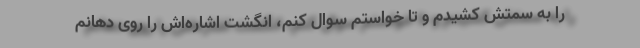
را به سمتش کشیدم و تا خواستم سوال کنم، انگشت اشاره‌اش را روی دهانم